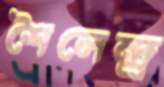
শৈলেন্দ্র্র